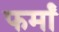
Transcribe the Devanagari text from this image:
फर्मां